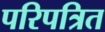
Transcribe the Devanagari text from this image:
परिपत्रित